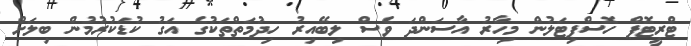
ޓްރީޓޮޕް ހޮސްޕިޓަލުން މިހާރު އާސަންދަ ވެސް ލިބޭއިރު ހިދުމަތްތަކުގެ އަގު ކުޑަކުރުމުން ބިލަށް